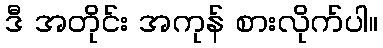
ဒီ အတိုင်း အကုန် စားလိုက်ပါ။